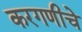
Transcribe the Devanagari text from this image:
करगणीचे